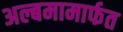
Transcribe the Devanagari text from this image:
अल्बमामार्फत